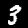
Digit: 3